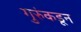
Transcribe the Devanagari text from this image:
गुरुंकडून